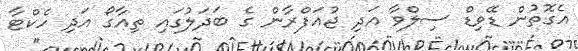
އެގޮތުން ޑޭވިޑް ސިލްވާ އަދި ޖުއަފްރާން ގެ ބަދަލުގައި ތިއާގޯ އަދި ހެކްޓާ